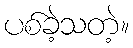
ပစ်ခဲ့သတဲ့။